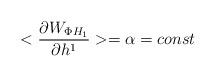
LaTeX: \begin{align*}<\frac{\partial W_{\Phi H_{1}}}{\partial h^{1}}>=\alpha =const\end{align*}